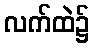
လက်ထဲ၌